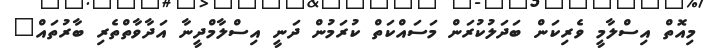
މިއޮތް އިސްލާމީ ވެރިކަން ބަދަލުކުރަން މަސައްކަތް ކުރަމުން ދަނީ އިސްލާމްދީނާ އަދާވާތްތެރި ބާރުތައް"